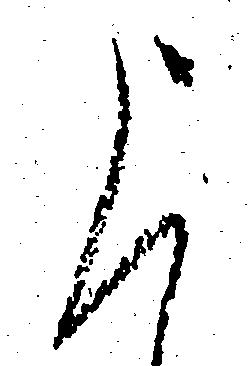
申